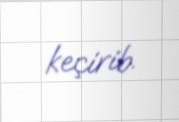
keçirib.